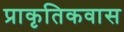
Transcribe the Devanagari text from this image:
प्राकृतिकवास